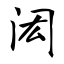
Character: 闳